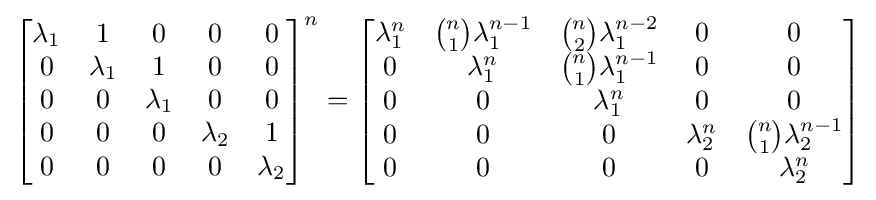
{\begin{bmatrix}\lambda _{1}&1&0&0&0\\0&\lambda _{1}&1&0&0\\0&0&\lambda _{1}&0&0\\0&0&0&\lambda _{2}&1\\0&0&0&0&\lambda _{2}\end{bmatrix}}^{n}={\begin{bmatrix}\lambda _{1}^{n}&{\tbinom {n}{1}}\lambda _{1}^{n-1}&{\tbinom {n}{2}}\lambda _{1}^{n-2}&0&0\\0&\lambda _{1}^{n}&{\tbinom {n}{1}}\lambda _{1}^{n-1}&0&0\\0&0&\lambda _{1}^{n}&0&0\\0&0&0&\lambda _{2}^{n}&{\tbinom {n}{1}}\lambda _{2}^{n-1}\\0&0&0&0&\lambda _{2}^{n}\end{bmatrix}}